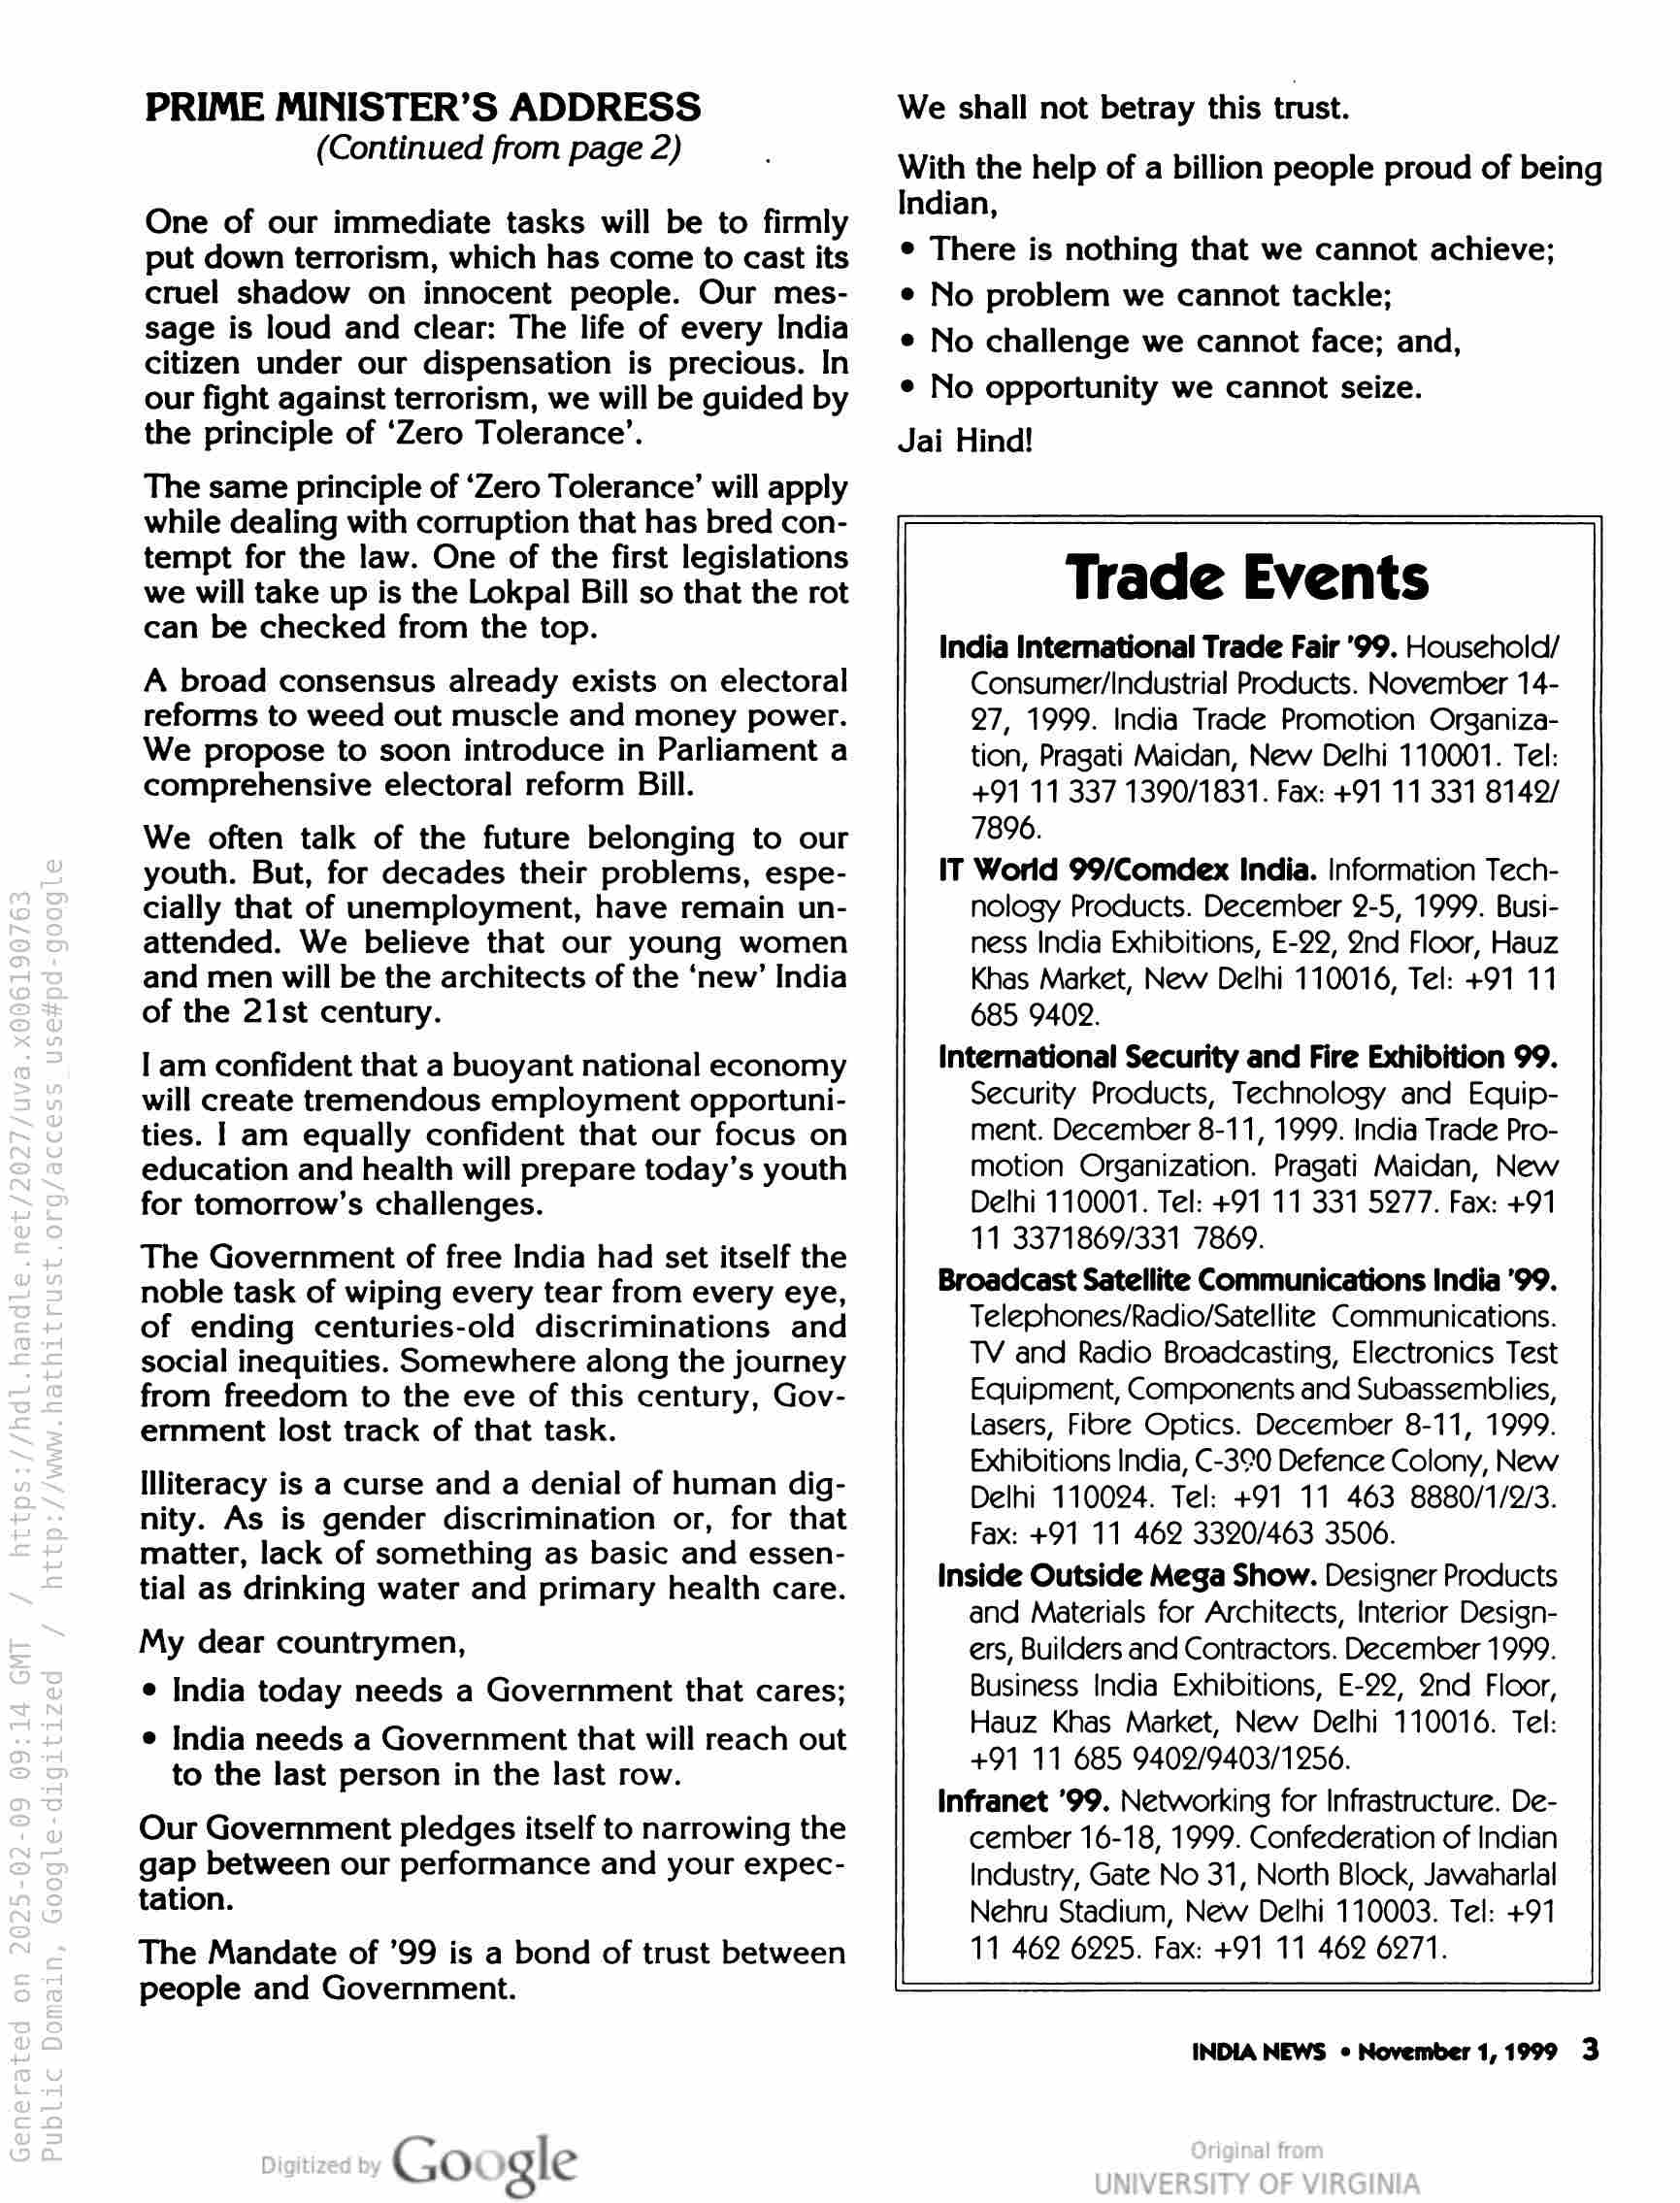
PRIME MINISTER’S ADDRESS
(Continued from page 2)

One of our immediate tasks will be to firmly
put down terrorism, which has come to cast its
cruel shadow on innocent people. Our mes-
sage is loud and clear: The life of every India
citizen under our dispensation is precious. In
our fight against terrorism, we will be guided by
the principle of ‘Zero Tolerance’.

The same principle of ‘Zero Tolerance’ will apply
while dealing with corruption that has bred con-
tempt for the law. One of the first legislations
we will take up is the Lokpal Bill so that the rot
can be checked from the top.

A broad consensus already exists on electoral
reforms to weed out muscle and money power.
We propose to soon introduce in Parliament a
comprehensive electoral reform Bill.

We often talk of the future belonging to our
youth. But, for decades their problems, espe-
cially that of unemployment, have remain un-
attended. We believe that our young women
and men will be the architects of the ‘new’ India
of the 21st century.

I am confident that a buoyant national economy
will create tremendous employment opportuni-
ties. | am equally confident that our focus on
education and health will prepare today’s youth
for tomorrow’s challenges.

The Government of free India had set itself the
noble task of wiping every tear from every eye,
of ending centuries-old discriminations and
social inequities. Somewhere along the journey
from freedom to the eve of this century, Gov-
ernment lost track of that task.

Illiteracy is a curse and a denial of human dig-
nity. As is gender discrimination or, for that
matter, lack of something as basic and essen-
tial as drinking water and primary health care.
My dear countrymen,

e India today needs a Government that cares;
e India needs a Government that will reach out

to the last person in the last row.

Our Government pledges itself to narrowing the
gap between our performance and your expec-
tation.

The Mandate of ’99 is a bond of trust between
people and Government.

Google

We shall not betray this trust.

With the help of a billion people proud of being
Indian,

© There is nothing that we cannot achieve;

e No problem we cannot tackle;

e No challenge we cannot face; and,

e No opportunity we cannot seize.

Jai Hind!

Trade Events

India Intemational Trade Fair '99. Household/
Consumer/Industrial Products. November 14-
27, 1999. India Trade Promotion Organiza-
tion, Pragati Maidan, New Delhi 110001. Tel:
+91 11 337 1390/1831. Fax: +91 11 331 81492/
7896.

IT World 99/Comdex India. Information Tech-
nology Products. December 2-5, 1999. Busi-
ness India Exhibitions, E-22, 2nd Floor, Hauz
Khas Market, New Delhi 110016, Tel: +91 11
685 9402.

International Security and Fire Exhibition 99.
Security Products, Technology and Equip-
ment. December 8-11, 1999. India Trade Pro-
motion Organization. Pragati Maidan, New
Delhi 110001. Tel: +91 11 331 5977. Fax: +91
11 3371869/331 7869.

Broadcast Satellite Communications India '99.
Telephones/Radio/Satellite Communications.
TV and Radio Broadcasting, Electronics Test
Equipment, Components and Subassemblies,
Lasers, Fibre Optics. December 8-11, 1999.
Exhibitions India, C-390 Defence Colony, New
Delhi 110024. Tel: +91 11 463 8880/1/2/3.
Fax: +91 11 462 3320/463 3506.

Inside Outside Mega Show. Designer Products
and Materials for Architects, Interior Design-
ers, Builders and Contractors. December 1999.
Business India Exhibitions, E-22, 2nd Floor,
Hauz Khas Market, New Delhi 110016. Tel:
+91 11 685 9402/9403/1256.

Infranet '99. Networking for Infrastructure. De-
cember 16-18, 1999. Confederation of Indian
Industry, Gate No 31, North Block, Jawaharlal
Nehru Stadium, New Delhi 110003. Tel: +91
11 462 6295. Fax: +91 11 462 6271.

INDIA NEWS ¢ November 1, 1999 3